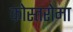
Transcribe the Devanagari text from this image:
कोस्तरोमा